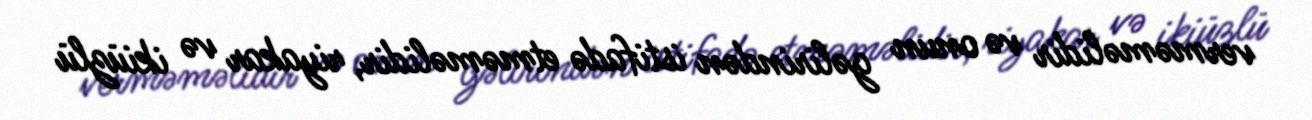
verməməlidir və onun gəlirindən istifadə etməməlidir, riyakar və ikiüzlü